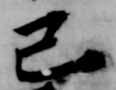
己